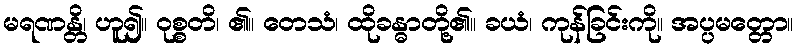
မရဏန္တိ၊ ဟူ၍။ ဝုစ္စတိ၊ ၏။ တေသံ၊ ထိုခန္ဓာတို့၏။ ခယံ၊ ကုန်ခြင်းကို။ အပ္ပမတ္တော။